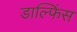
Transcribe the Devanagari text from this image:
डाल्फिंस